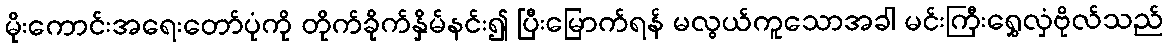
မိုးကောင်းအရေးတော်ပုံကို တိုက်ခိုက်နှိမ်နင်း၍ ပြီးမြောက်ရန် မလွယ်ကူသောအခါ မင်းကြီးရွှေလှံဗိုလ်သည်